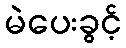
မဲပေးခွင့်